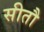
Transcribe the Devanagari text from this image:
सीतौ